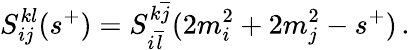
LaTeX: S_{ij}^{kl}(s^{+})=S_{i\overline{{{l}}}}^{k\overline{{{j}}}}(2m_{i}^{2}+2m_{j}^{2}-s^{+})\, .